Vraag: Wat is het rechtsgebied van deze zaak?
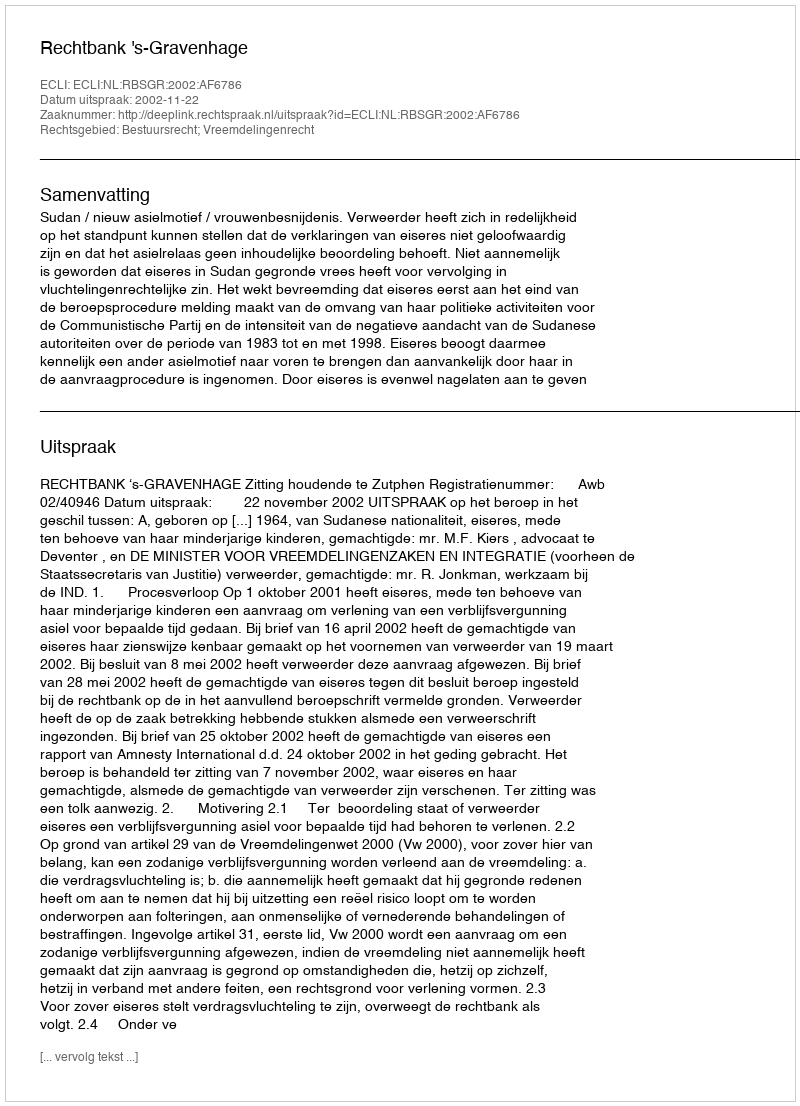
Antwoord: Bestuursrecht; Vreemdelingenrecht